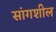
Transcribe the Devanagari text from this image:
सांगशील